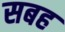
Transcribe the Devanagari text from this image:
सबह